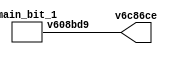
module main (output v6c86ce);
 wire w0;
 assign v6c86ce = w0;
 main_bit_1 vd05a21 (
  .v608bd9(w0)
 );
endmodule

module main_bit_1 (output v608bd9);
 wire w0;
 assign v608bd9 = w0;
 main_bit_1_basic_code_v68c173 v68c173 (
  .v(w0)
 );
endmodule

module main_bit_1_basic_code_v68c173 (output v);
 // Bit 1
 
 assign v = 1'b1;
endmodule